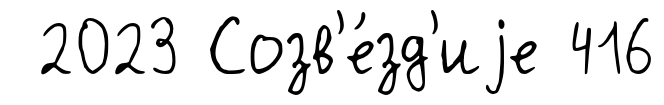
2023 Созв'е́зд'иjе 416